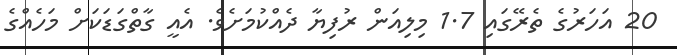
20 އަހަރުގެ ތެރޭގައި 1.7 މިލިއަން ރުފިޔާ ދެއްކުމަށެވެ. އެއީ ގާތްގަޑަކަށް މަހެއްގެ